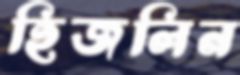
হিজলিন